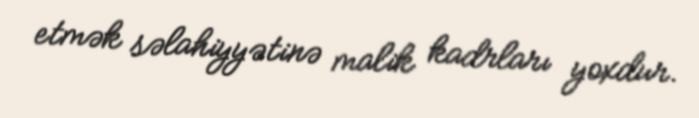
etmək səlahiyyətinə malik kadrları yoxdur.